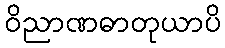
ဝိညာဏဓာတုယာပိ